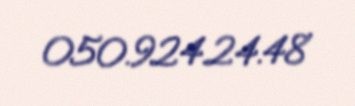
050.924.24.48